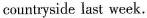
countryside last week.